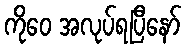
ကိုဝေ အလုပ်ရပြီနော်